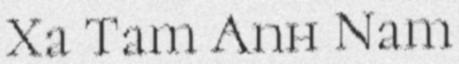
Xa Tam Anh Nam